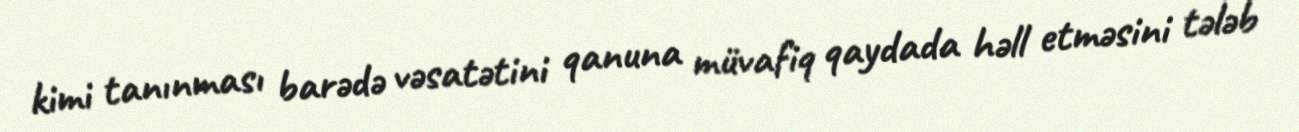
kimi tanınması barədə vəsatətini qanuna müvafiq qaydada həll etməsini tələb